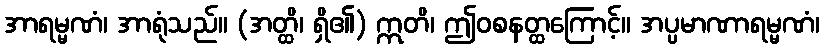
အာရမ္မဏံ၊ အာရုံသည်။ (အတ္ထိ၊ ရှိ၏) ဣတိ၊ ဤဝစနတ္ထကြောင့်။ အပ္ပမာဏာရမ္မဏံ၊